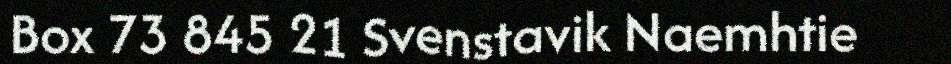
Box 73 845 21 Svenstavik Naemhtie